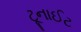
ટૂનાઈટ